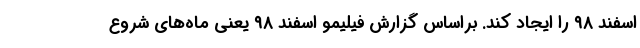
اسفند ۹۸ را ایجاد کند. براساس گزارش فیلیمو اسفند ۹۸ یعنی ماه‌های شروع